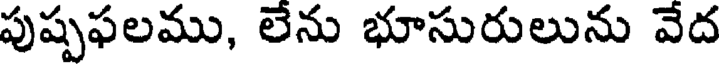
పుష్పఫలము, లేను భూసురులును వేద